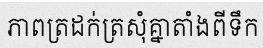
ភាពត្រដក់ត្រសុំគ្នាតាំងពីទឹក